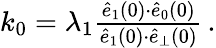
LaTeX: \begin{array}{r}{k_{0}=\lambda_{1}\frac{\hat{e}_{1}(0){\cdot}\hat{e}_{0}(0)}{\hat{e}_{1}(0){\cdot}\hat{e}_{\perp}(0)}\, .}\end{array}